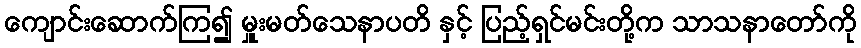
ကျောင်းဆောက်ကြ၍ မှူးမတ်သေနာပတိ နှင့် ပြည့်ရှင်မင်းတို့က သာသနာတော်ကို